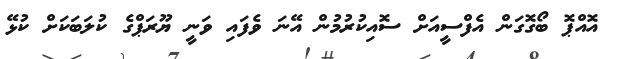
އޮއްޕޮ ބޯގޮގަން އެފްސީއަށް ސޮއިކުރުމުން އޭނަ ވެފައި ވަނީ ޔޫރަޕްގެ ކުލަބަކަށް ކުޅޭ